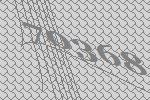
70368